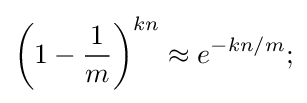
\left(1-{\frac {1}{m}}\right)^{kn}\approx e^{-kn/m};